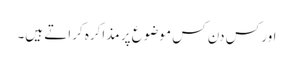
اور کس دن کس موضوع پر مذاکرہ کراتے ہیں۔